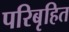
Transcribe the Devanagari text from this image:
परिबृहित